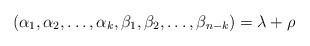
LaTeX: \begin{align*} (\alpha_1,\alpha_2,\ldots,\alpha_k, \beta_1,\beta_2,\ldots,\beta_{n-k})= \lambda + \rho\end{align*}